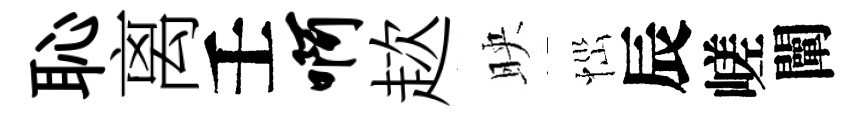
恥离壬啊趑映𢙉辰嵯闡